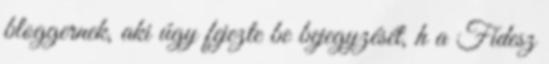
bloggernek, aki úgy fejezte be bejegyzését, h a Fidesz